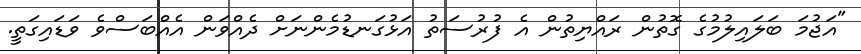
"އަޖުމަ ބަލައިލުމުގެ ގޮތުން ރައްޔިތުން އެ ފުރުސަތު އަޅުގަނޑުމެންނަށް ދެއްވަން އެއްބަސްވެ ވަޑައިގަތީ.